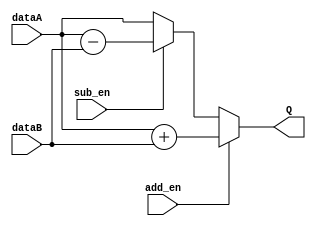
module CombAddSub_(add_en, sub_en, dataA, dataB, Q);
    input [127:0] dataA, dataB;
    input add_en, sub_en;
    output [127:0] Q;

    assign Q = (add_en) ? dataA + dataB : (sub_en) ? dataA - dataB : dataA;

endmodule